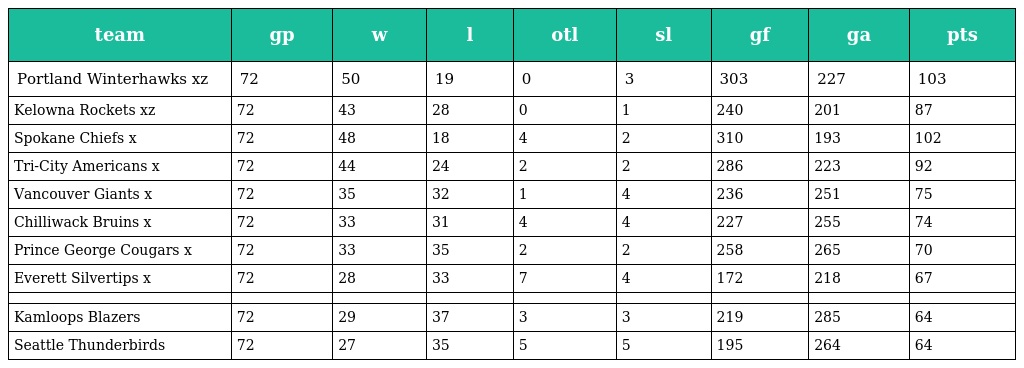
| team | gp | w | l | otl | sl | gf | ga | pts |
 | --- | --- | --- | --- | --- | --- | --- | --- | --- |
 | Portland Winterhawks xz | 72 | 50 | 19 | 0 | 3 | 303 | 227 | 103 |
 | Kelowna Rockets xz | 72 | 43 | 28 | 0 | 1 | 240 | 201 | 87 |
 | Spokane Chiefs x | 72 | 48 | 18 | 4 | 2 | 310 | 193 | 102 |
 | Tri-City Americans x | 72 | 44 | 24 | 2 | 2 | 286 | 223 | 92 |
 | Vancouver Giants x | 72 | 35 | 32 | 1 | 4 | 236 | 251 | 75 |
 | Chilliwack Bruins x | 72 | 33 | 31 | 4 | 4 | 227 | 255 | 74 |
 | Prince George Cougars x | 72 | 33 | 35 | 2 | 2 | 258 | 265 | 70 |
 | Everett Silvertips x | 72 | 28 | 33 | 7 | 4 | 172 | 218 | 67 |
 |  |  |  |  |  |  |  |  |  |
 | Kamloops Blazers | 72 | 29 | 37 | 3 | 3 | 219 | 285 | 64 |
 | Seattle Thunderbirds | 72 | 27 | 35 | 5 | 5 | 195 | 264 | 64 |